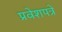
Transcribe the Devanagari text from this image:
प्रवेशपत्रे